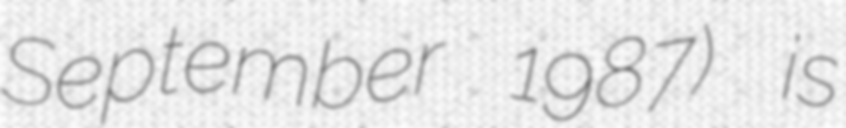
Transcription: September 1987) is